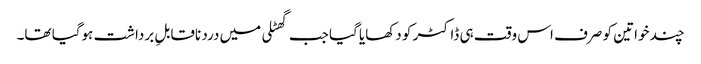
چند خواتین کو صرف اس وقت ہی ڈاکٹر کو دکھایا گیا جب گھٹلی میں درد ناقابلِ برداشت ہوگیا تھا۔